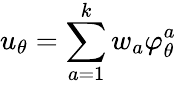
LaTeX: u_{\theta}=\sum_{a=1}^{k}w_{a}\varphi_{\theta}^{a}